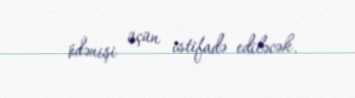
ödənişi üçün istifadə ediləcək.